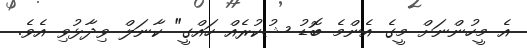
އެ މީހުންނަށް މީގެ އެންމެ ބޮޑު ޝުކުރެއް ހައްގީ" ކާނަލް ވިދާޅުވި އެވެ.